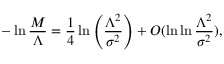
- \ln \frac { M } { \Lambda } = \frac { 1 } { 4 } \ln \left( \frac { \Lambda ^ { 2 } } { \sigma ^ { 2 } } \right) + { \cal O } ( \ln \ln \frac { \Lambda ^ { 2 } } { \sigma ^ { 2 } } ) ,